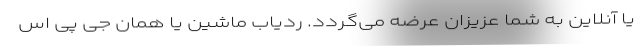
یا آنلاین به شما عزیزان عرضه می‌گردد. ردیاب ماشین یا همان جی پی اس